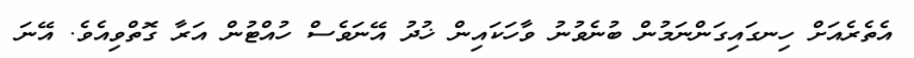
އެތެރެއަށް ހިނގައިގަންނަމުން ބުނެވުނު ވާހަކައިން ޚުދު އޭނަވެސް ހުއްޓުން އަރާ ގޮތްވިއެވެ. އޭނަ